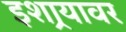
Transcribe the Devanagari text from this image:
इशार्‍यावर